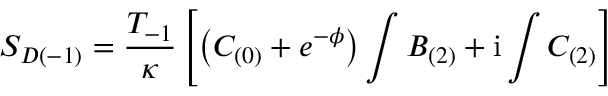
{ \cal S } _ { D ( - 1 ) } = \frac { T _ { - 1 } } { \kappa } \left[ \left( C _ { ( 0 ) } + e ^ { - \phi } \right) \int B _ { ( 2 ) } + \mathrm { i } \int C _ { ( 2 ) } \right]